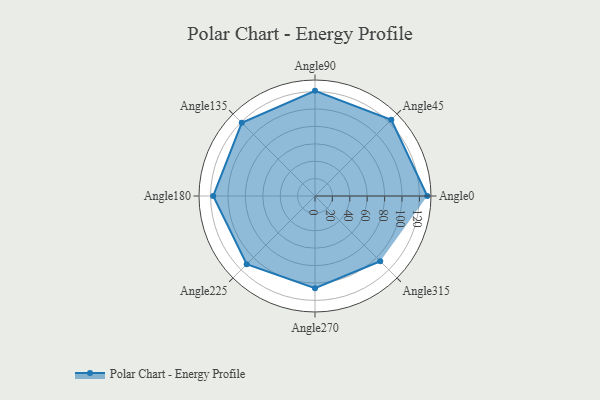
{"axis": {"x": "Angle", "y": "Radius"}, "legend": [""], "data": [{"x": "Angle0", "y": 129.0, "type": ""}, {"x": "Angle45", "y": 124.0, "type": ""}, {"x": "Angle90", "y": 121.0, "type": ""}, {"x": "Angle135", "y": 119.0, "type": ""}, {"x": "Angle180", "y": 117.0, "type": ""}, {"x": "Angle225", "y": 111.0, "type": ""}, {"x": "Angle270", "y": 106.0, "type": ""}, {"x": "Angle315", "y": 106.0, "type": ""}]}